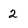
Character: 2